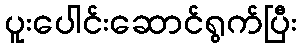
ပူးပေါင်းဆောင်ရွက်ပြီး